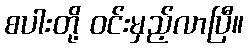
စပါးတို့ ဝင်းမှည့်လာပြီ။